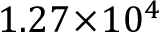
1 . 2 7 \! \times \! 1 0 ^ { 4 }